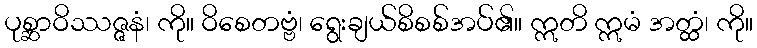
ပုစ္ဆာဝိဿဇ္ဇနံ၊ ကို။ ဝိစေတဗ္ဗံ၊ ရွေးချယ်စိစစ်အပ်၏။ ဣတိ ဣမံ အတ္ထံ၊ ကို။